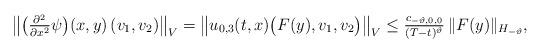
LaTeX: \begin{align*}& \big\| \big(\tfrac{ \partial^2 }{ \partial x^2 } \psi\big)( x, y ) \, ( v_1, v_2 ) \big\|_V= \left\| u_{0,3}( t, x ) \big( F( y ), v_1, v_2 \big) \right\|_V\leq \tfrac{ c_{ -\vartheta, 0, 0 } }{ ( T - t )^{ \vartheta } } \, \| F( y ) \|_{ H_{ -\vartheta } },\end{align*}